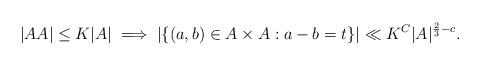
LaTeX: \begin{align*} |AA| \leq K|A| \implies |\{ (a,b) \in A \times A : a-b=t \}| \ll K^{C} |A|^{\frac{2}{3}- c} . \end{align*}